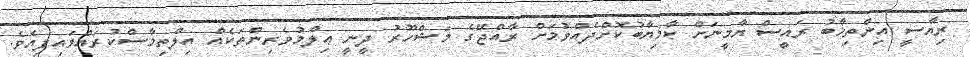
ރިޔާސީ އިންތިޚާބު ރައީސް ޔާމީނަށް ކާމިޔާބުކޮށްދެއްވުމަށް ރާއްޖޭގެ މަޝްހޫރު ދީނީ ޢިލްމުވެރިންތަކެއް އިލްތިމާސްކުރައްވައިފިއެވެ.